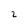
Character: 2